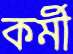
কর্মী